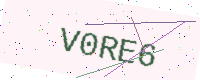
Text: V0RE6